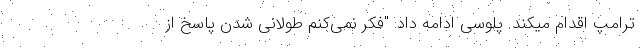
ترامپ اقدام میکند. پلوسی ادامه داد: "فکر نمی‌کنم طولانی شدن پاسخ از